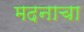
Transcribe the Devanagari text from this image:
मदनाचा